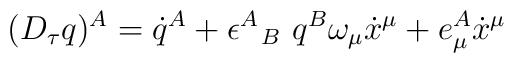
(D_\tau q)^A = \dot{q}^A + \epsilon^A \!\! {\phantom \epsilon}_B\,\, q^B \omega_\mu \dot{x}^\mu + e^A_\mu \dot{x}^\mu